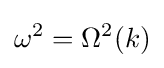
\omega ^{2}=\Omega ^{2}(k)